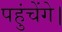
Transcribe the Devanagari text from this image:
पहुंचेंगे।